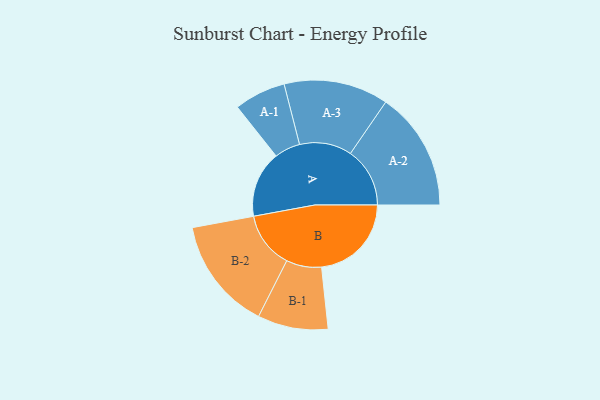
{"axis": {"x": "Segment", "y": "Value"}, "legend": ["", "A", "B"], "data": [{"x": "A", "y": 288, "type": ""}, {"x": "B", "y": 390, "type": ""}, {"x": "A-1", "y": 112, "type": "A"}, {"x": "A-2", "y": 258, "type": "A"}, {"x": "A-3", "y": 227, "type": "A"}, {"x": "B-1", "y": 153, "type": "B"}, {"x": "B-2", "y": 245, "type": "B"}]}